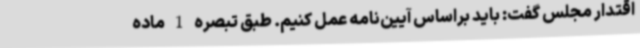
اقتدار مجلس گفت:‌ باید براساس آیین‌نامه عمل کنیم. طبق تبصره 1 ماده